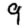
Digit: 9